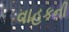
વાહકની